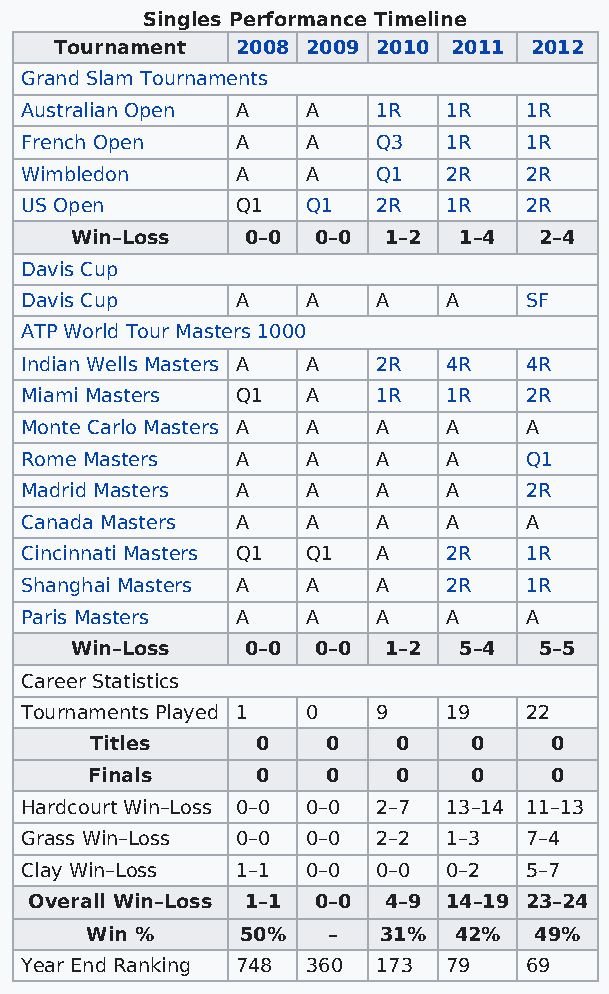
Singles Performance Timeline
 Tournament  2008 2009 2010 2011 2012
 Grand Slam Tournaments
 Australian Open A  A    1R   1R   1R
 French Open    A   A    Q3   1R   1R
 Wimbledon      A   A    Q1   2R   2R
 US Open        Q1  Q1   2R   1R   2R
 Win–Loss   0–0  0–0 1–2  1–4   2–4
 Davis Cup
 Davis Cup      A   A    A    A    SF
 ATP World Tour Masters 1000
 Indian Wells Masters A A 2R  4R   4R
 Miami Masters  Q1  A    1R   1R   2R
 Monte Carlo Masters A A A    A    A
 Rome Masters   A   A    A    A    Q1
 Madrid Masters A   A    A    A    2R
 Canada Masters A   A    A    A    A
 Cincinnati Masters Q1 Q1 A   2R   1R
 Shanghai Masters A A    A    2R   1R
 Paris Masters  A   A    A    A    A
 Win–Loss   0–0  0–0 1–2  5–4   5–5
 Career Statistics
 Tournaments Played 1 0  9    19   22
 Titles     0    0   0    0    0
 Finals     0    0   0    0    0
 Hardcourt Win–Loss 0–0 0–0 2–7 13–14 11–13
 Grass Win–Loss 0–0 0–0  2–2  1–3  7–4
 Clay Win–Loss  1–1 0–0  0–0  0–2  5–7
 Overall Win–Loss 1–1 0–0 4–9 14–19 23–24
 Win %     50%   –  31%  42%  49%
 Year End Ranking 748 360 173 79   69